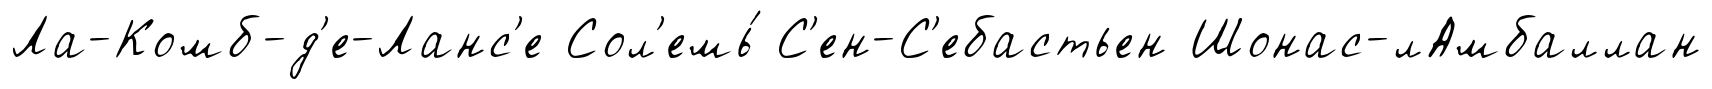
Ла-Комб-д'е-Ланс'е Сол'емь́ С'ен-С'ебастьен Шонас-лАмбаллан